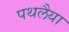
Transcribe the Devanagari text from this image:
पथलैया